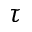
\tau